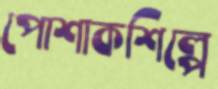
পোশাকশিল্পে